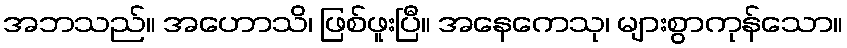
အဘသည်။ အဟောသိ၊ ဖြစ်ဖူးပြီ။ အနေကေသု၊ များစွာကုန်သော။